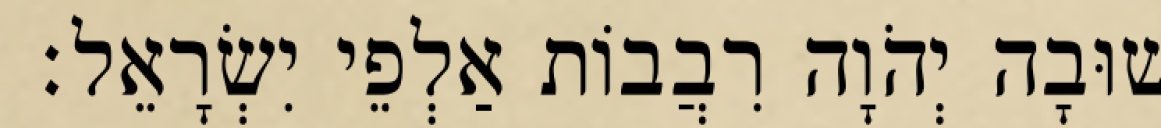
שׁוּבָה יְהֹוָה רִבֲבוֹת אַלְפֵי יִשְׂרָאֵל׃